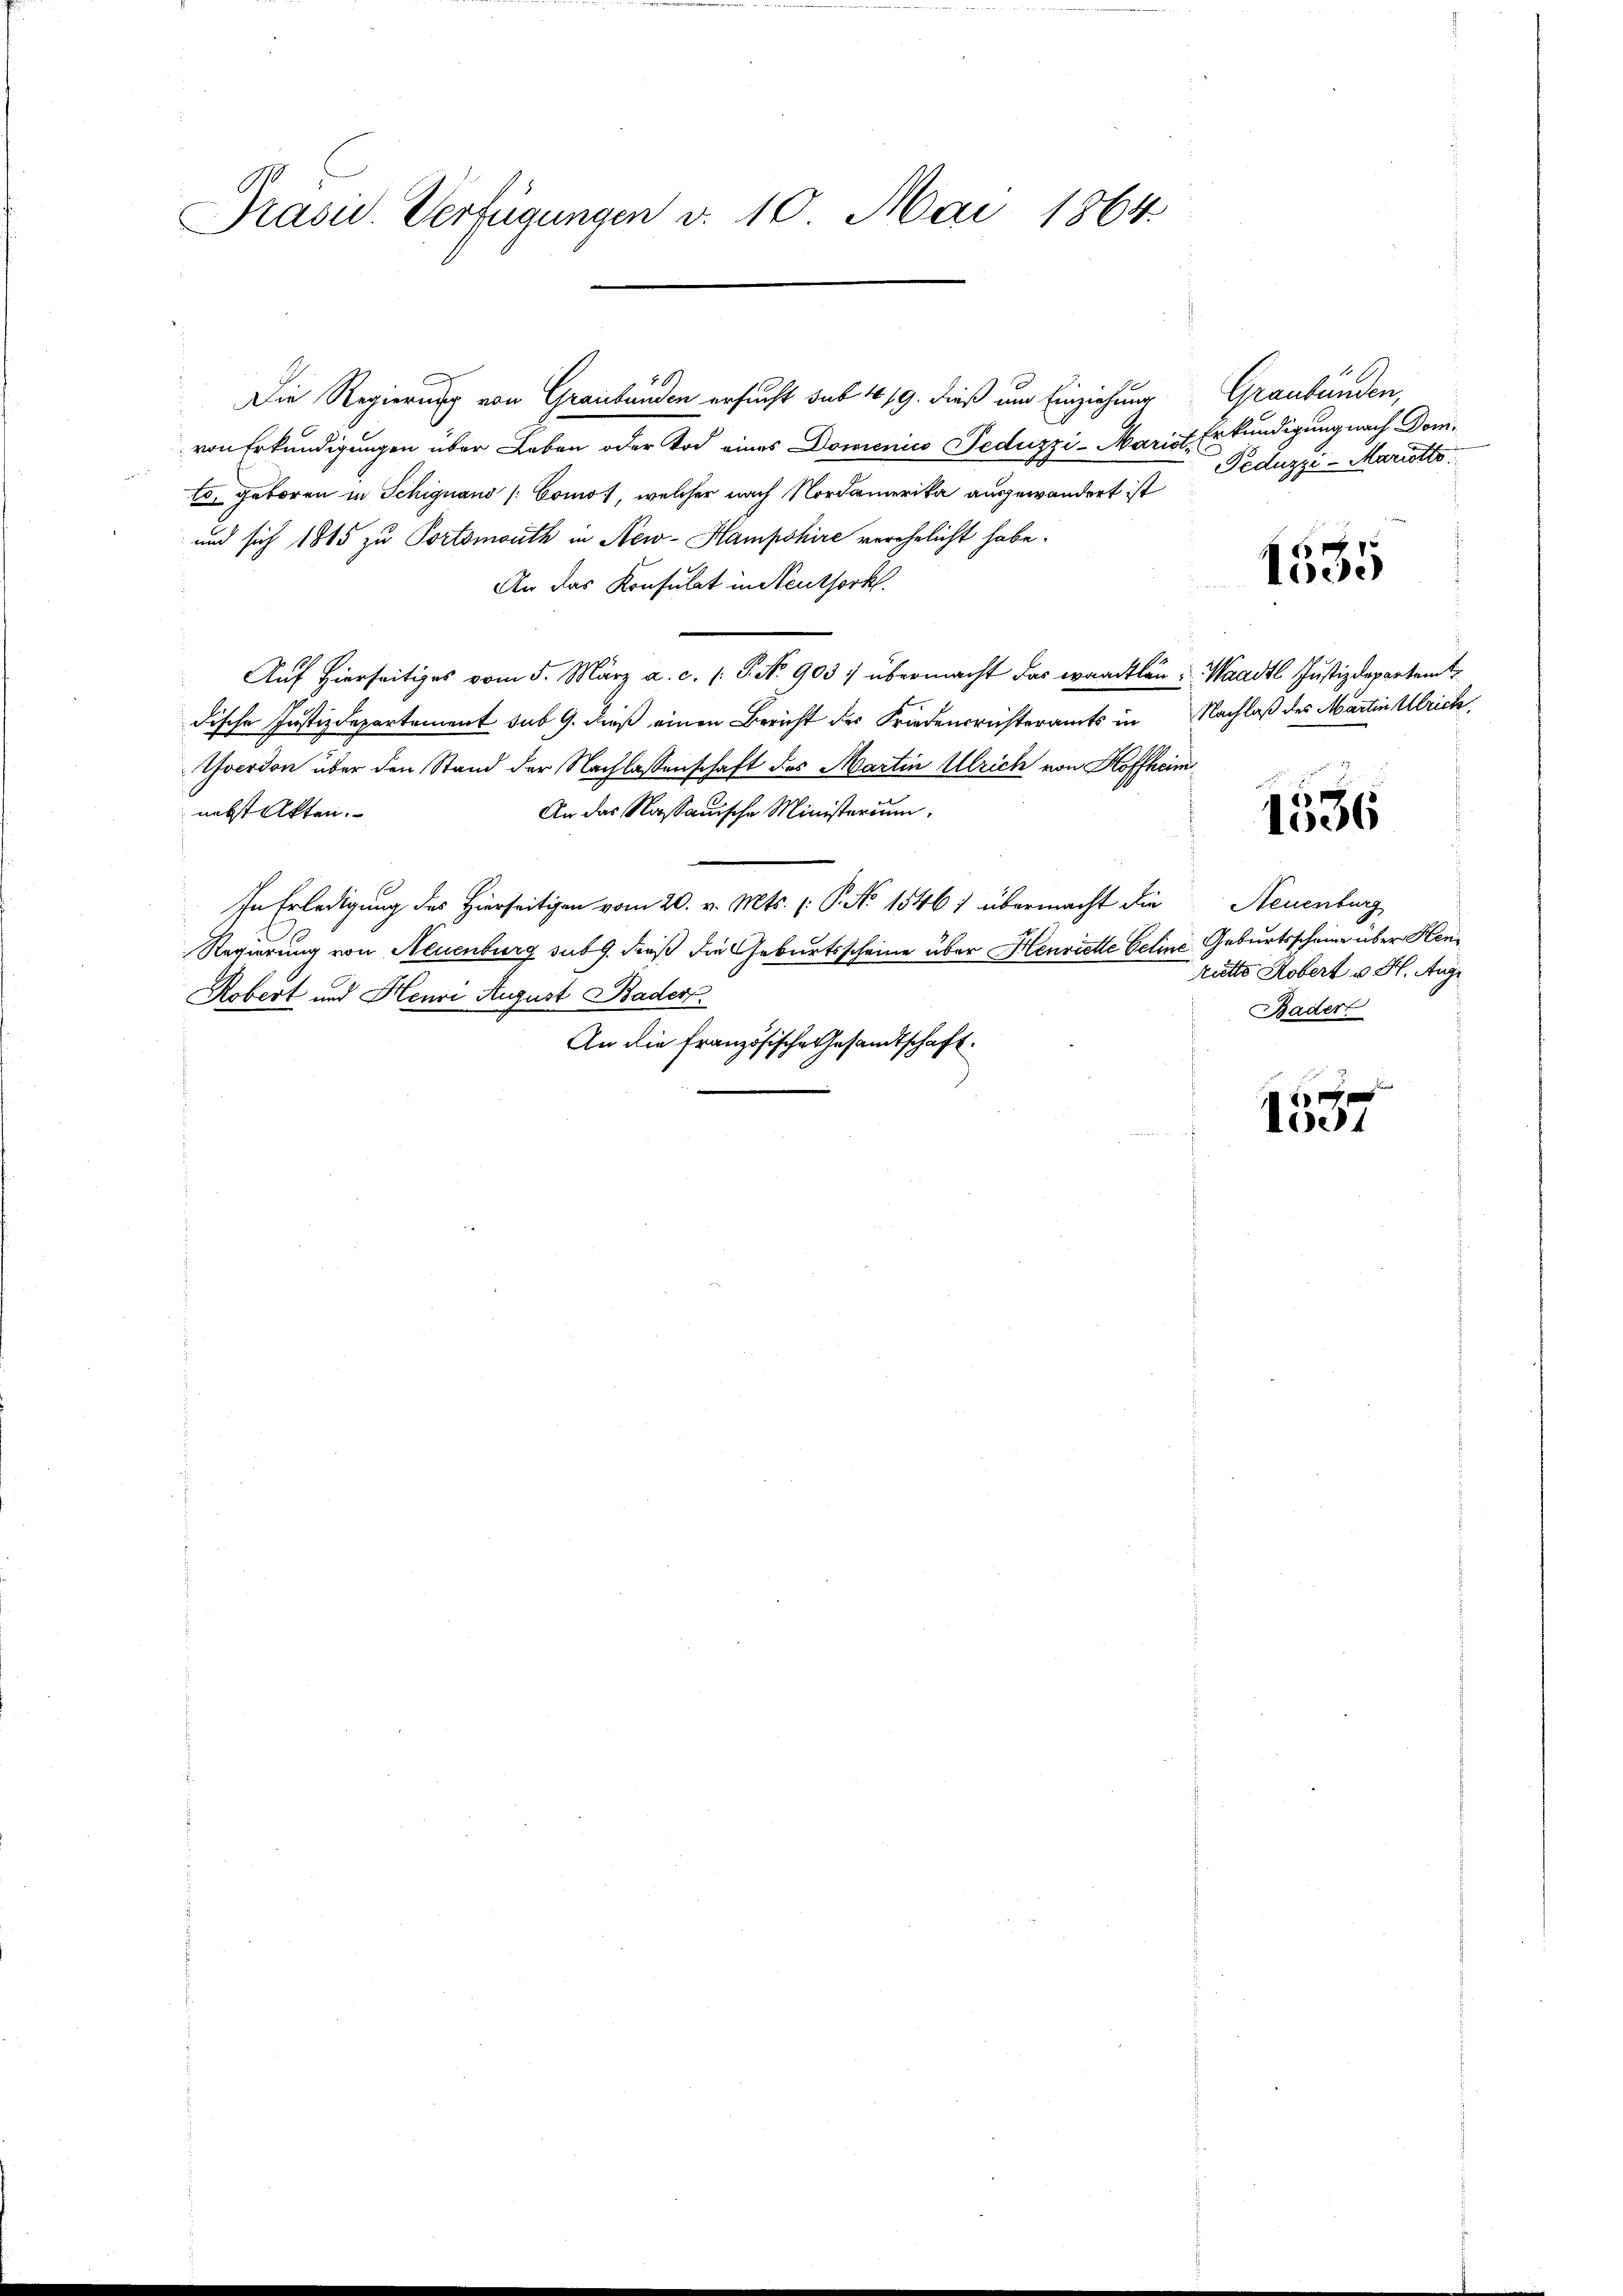
Präsid. Verfügungen v. 10. Mai 1864

Die Regierung von Graubünden ersucht sub 1/9. dieß um Einziehung Graubünden,
von Erkundigungen über Leben oder Tod eines Domenico Peduzzi- Marist.
lo, geboren in Schignand (Comos, welcher nach Nordamerika ausgewandert ist
und sich 1815 zu Portsmouth in New-Hampshire verehelicht habe.
An das Konsulat in entserkl
Auf hierseitiges vom 5. März a. c. /: P. N. 903) übermacht das waadtlen: Waadt Justizdepartemt
dische Justizdepartement sub 9. dieß einen Bericht der Friedensrichteramts in Nachlaß des Martin Ulrich
Toerdon über den Stand der Nachlassenschaft des Martin Ulrich von Hoffheim
nebst Akten.
An das Nassauische Ministerium.
In Erledigung des Hierseitigen vom 20. v. Mts. (: P. No 1546) übermacht die Neuenburg
Regierung von Neuenburg sub 9. dieß die Geburtsscheine über Henriette Geline Geburtsscheine über Hen¬
Robert und Henri August Bader
An die französische Gesandtschaft.

50.

Erkundigung nach Dom.
Feduzzi - Mariette

1535

1536

Ritte Kobert v. H. Auge
Bader

1537